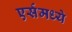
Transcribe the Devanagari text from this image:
एर्समध्ये